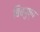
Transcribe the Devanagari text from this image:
बिंबपुष्प